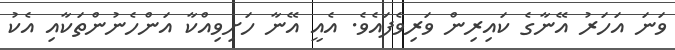
ވަނަ އަހަރު އޭނާގެ ކައިރިން ވަރިވެފައެވެ. އެއީ އޭނާ ހަށިވިއްކާ އަންހެނުންތަކާއި އެކު